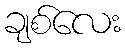
ချစ်လေး